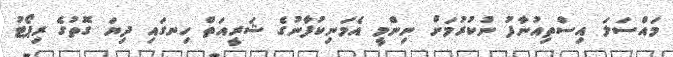
މައްސަލަ އިސްތިއުނާފު ނުކުރުމަށް ނިންމީ އެމަނިކުފާނުގެ ޝަރީއަތް ހިނގައި ދިޔަ ގޮތުގެ ރިޕޯޓު